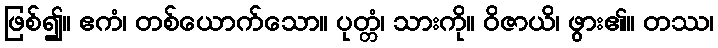
ဖြစ်၍။ ဧကံ၊ တစ်ယောက်သော။ ပုတ္တံ၊ သားကို။ ဝိဇာယိ၊ ဖွား၏။ တဿ၊